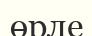
өрле